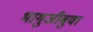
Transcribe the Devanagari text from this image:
भागुजीबुवा